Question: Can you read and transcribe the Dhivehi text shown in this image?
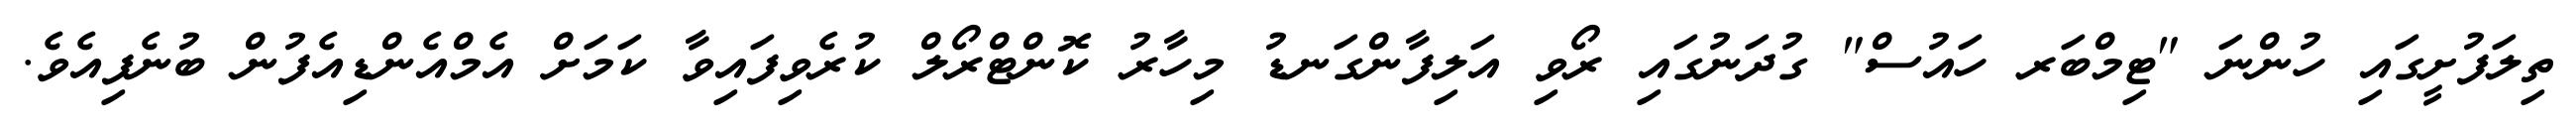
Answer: ތިލަފުށީގައި ހުންނަ "ޓިމްބަރ ހައުސް" ގުދަނުގައި ރޯވި އަލިފާންގަނޑު މިހާރު ކޮންޓްރޯލް ކުރެވިފައިވާ ކަމަށް އެމްއެންޑިއެފުން ބުނެފިއެވެ.